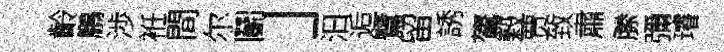
齡鵬渉袵間尔鬬」汩逅鷺留誘鷟榖贾致肅縢彌璿